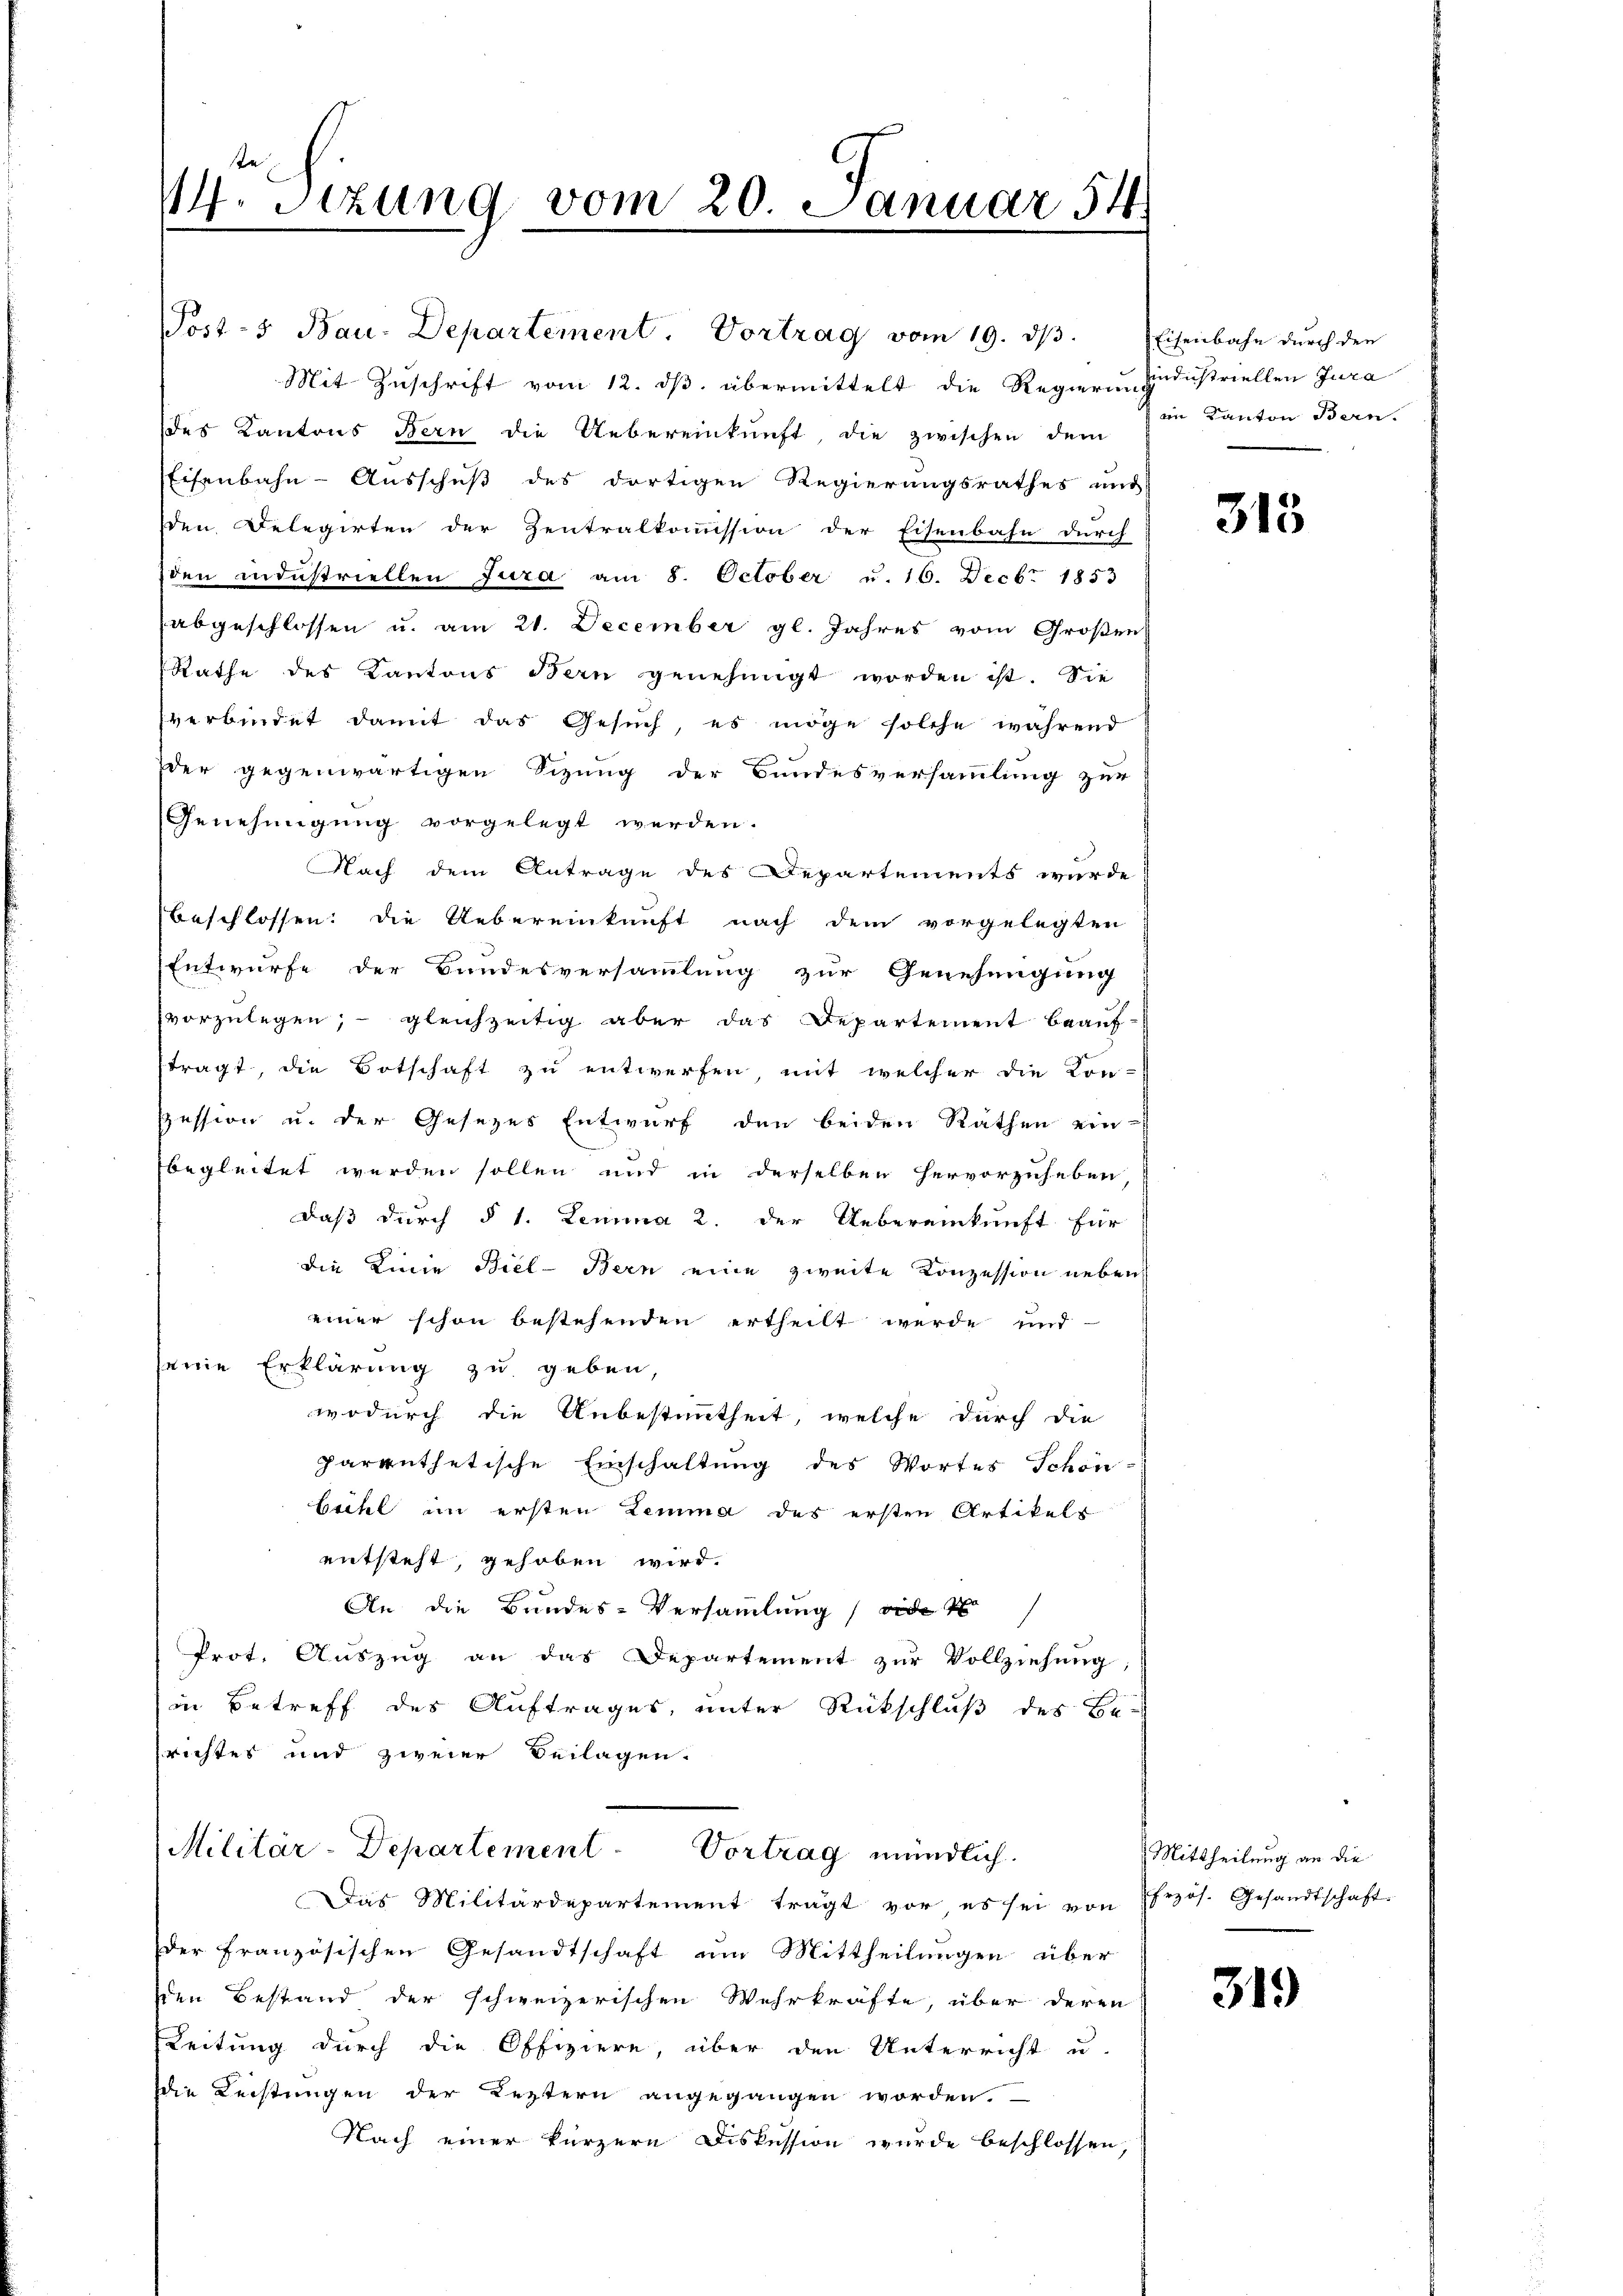
14. Sitzung vom 20. Januar 54.

Post- Bau-Departement. Vortrag vom 19. dβ. Eisenbahn dŭrch den
Mit Zuschrift vom 12. dβ übermittelt die Regieren Industriellen Jura
des Kantons Bern die Uebereinkunft, die zwischen dem
Eisenbahn-Ausschuß des dortigen Regierungsrathes und
den Delegirten der Zentralkommission der Eisenbahn durch
den industriellen Jura am 8. October u. 16. Decbr 1853
abgeschlossen u. am 21. December gl. Jahres vom Großen
Rathe des Kantons Bern genehmigt worden ist. Sie
verbindet damit das Gesuch, es möge solche während
der gegenwärtigen Sizung der Bundesversammlung zur
Genehmigung vorgelegt werden.
Nach dem Antrage des Departements wurde
beschlossen: Die Uebereinkunft nach dem vorgelegten
Entwurfe der Bundesversammlung zur Genehmigung
vorzulegen; - gleichzeitig aber das Departement beauf-
ftragt, die Botschaft zu entwerfen, mit welcher die Kon-
spession u. der Gesezes Entwurf den beiden Rathen ein-
begleitet werden sollen und in derselben hervorzuheben
daß durch § 1. Lemma 2. der Uebereinkunft für
die Linie Biel-Bern eine zweite Konzession neben
einer schon bestehenden ertheilt werde und
seine Erklärung zu geben
wodurch die Unbestimmtheit, welche durch die
parruthetische Einschaltung des Wortes Schön-
bichl im ersten Lemma des ersten Artikels
entsteht, gehoben wird.
An die Bundes-Versammlung (vide
Prot. Auszug an das Departement zur Vollziehung
in Betreff des Auftrages, unter Rückschluß des Be-
richtes und zweier Beilagen.

Militär-Departement - Vortrag mündlich.

Das Militärdepartement trägt vor es sei von
der französischen Gesandtschaft um Mittheilungen über
sen Bestand der schweizerischen Wehrkräfte, über deren
Leitung durch die Offiziere, über den Unterricht u.
die Leistungen der Leztern angegangen worden.
Nach einer kürzern Diskussion wurde beschlossen,

eim Kanton Bern.

315

Mittheilung an die
frzös. Gesandtschaft.

319